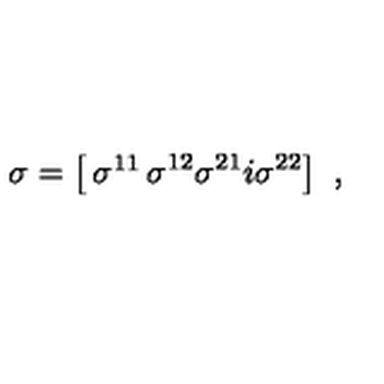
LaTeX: \sigma = \left[ \begin{matrix} { \sigma ^ { 1 1 } } & { \sigma ^ { 1 2 } } \\ { \sigma ^ { 2 1 } } & { i \sigma ^ { 2 2 } } \\ \end{matrix} \right] \ ,